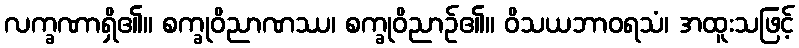
လက္ခဏာရှိ၏။ စက္ခုဝိညာဏဿ၊ စက္ခုဝိညာဉ်၏။ ဝိသယဘာဝရသံ၊ အထူးသဖြင့်